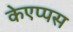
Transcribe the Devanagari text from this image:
केएप्पस